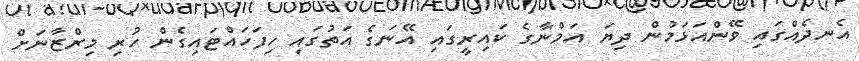
އެނދެއްގައި ވޭންއަޅަމުން ދިޔަ އަމްނާގެ ކައިރީގައި އޭނަގެ އަތުގައި ހިފަހައްޓައިގެން ހުރި މިރްޒާނަށް